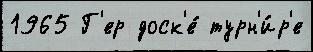
1965 Г'ер доск'е́ турн'и́р'е